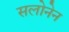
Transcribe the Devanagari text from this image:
सलोनेन